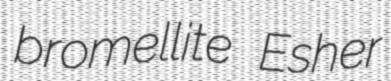
bromellite Esher